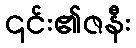
၎င်း၏ဇနီး